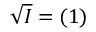
{ \sqrt { I } } = ( 1 )